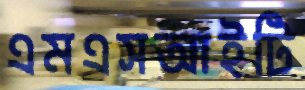
এমএসআইটি